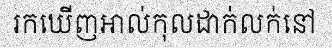
រកឃើញអាល់កុលដាក់លក់នៅ